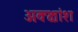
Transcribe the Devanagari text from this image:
अक्क्षांश